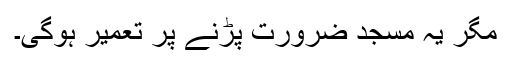
مگر یہ مسجد ضرورت پڑنے پر تعمیر ہوگی۔